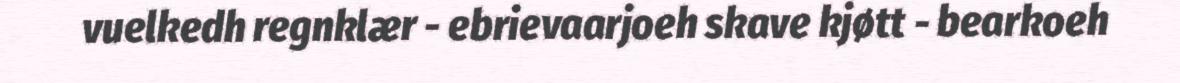
vuelkedh regnklær - ebrievaarjoeh skave kjøtt - bearkoeh